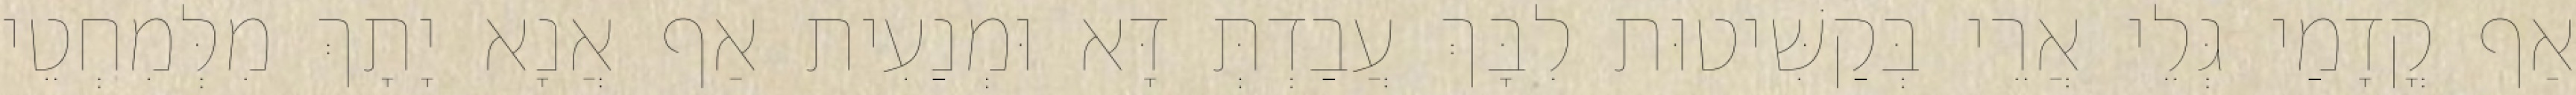
אַף קֳדָמַי גְּלֵי אֲרֵי בְּקַשִּׁיטוּת לִבָּךְ עֲבַדְתְּ דָּא וּמְנַעִית אַף אֲנָא יָתָךְ מִלְּמִחְטֵי